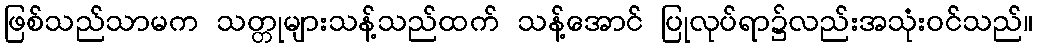
ဖြစ်သည်သာမက သတ္တုများသန့်သည်ထက် သန့်အောင် ပြုလုပ်ရာ၌လည်းအသုံးဝင်သည်။